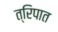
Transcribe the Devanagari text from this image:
त्रिपात